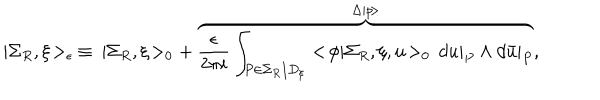
LaTeX: | \Sigma _ { R } , \xi \! > _ { \epsilon } \: \equiv \: | \Sigma _ { R } , \xi \! > _ { 0 } + \: \overbrace { \frac { \epsilon } { 2 \pi i } \int _ { P \in \Sigma _ { R } / D _ { \xi } } < \! \phi | \Sigma _ { R } , \xi , u \! > _ { 0 } \, d u | _ { P } \wedge d \bar { u } | _ { P } } ^ { \Delta | p \! > } ,